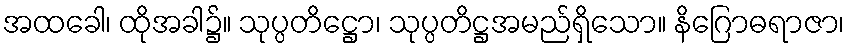
အထခေါ၊ ထိုအခါ၌။ သုပ္ပတိဋ္ဌော၊ သုပ္ပတိဋ္ဌအမည်ရှိသော။ နိဂြောဓရာဇာ၊